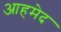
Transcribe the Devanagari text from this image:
आहमेद